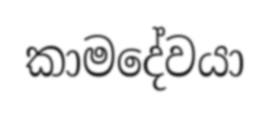
කාමදේවයා